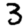
Digit: 3